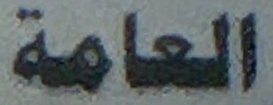
العامة